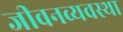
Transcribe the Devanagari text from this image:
जीवनव्यवस्था